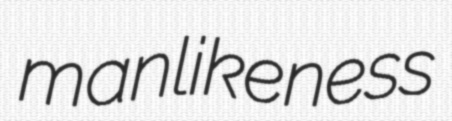
manlikeness